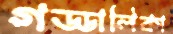
গড্ডালিকা